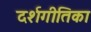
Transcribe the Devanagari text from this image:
दर्शगीतिका